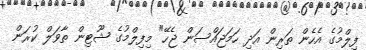
ފިލްމުގެ އެހެން ތަރިން އަދި ހަމަޖައްސަން ޖެހޭ" މިފިލްމުގެ ޝޫޓިން ތާވަލް ކުރަން